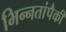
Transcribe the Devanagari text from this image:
भिन्नतांपैकी